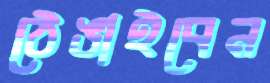
ঠেঙাইবেন